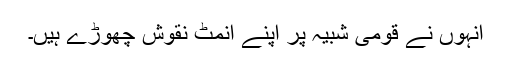
انہوں نے قومی شبیہ پر اپنے انمٹ نقوش چھوڑے ہیں۔